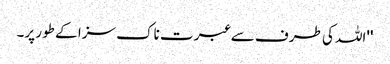
''اللہ کی طرف سے عبرت ناک سزا کے طور پر۔